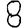
Digit: 8